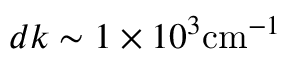
d k \sim 1 \times 1 0 ^ { 3 } \mathrm { c m } ^ { - 1 }